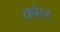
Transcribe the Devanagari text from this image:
राधेहर